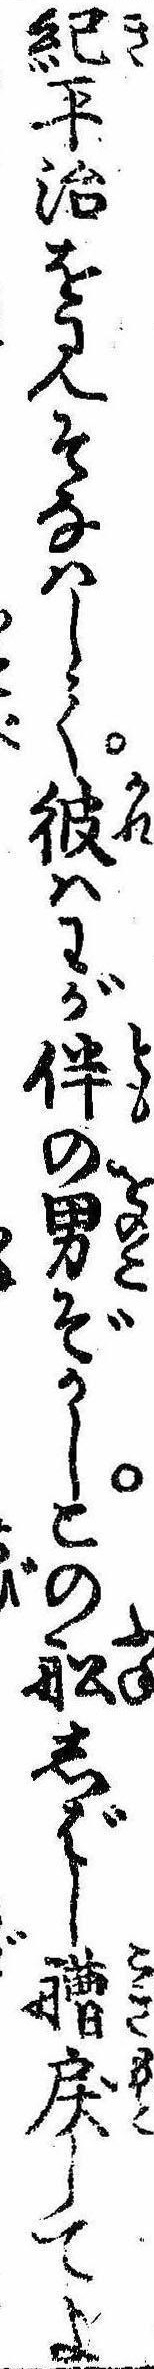
紀平治を見そなはして彼はわが伴の男ぞかしこの船しばし艚戻してよ